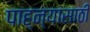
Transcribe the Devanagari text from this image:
पाह्न्यासाठी